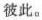
被此。